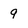
Character: 9